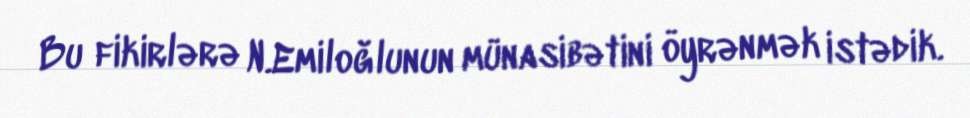
Bu fikirlərə N.Emiloğlunun münasibətini öyrənmək istədik.